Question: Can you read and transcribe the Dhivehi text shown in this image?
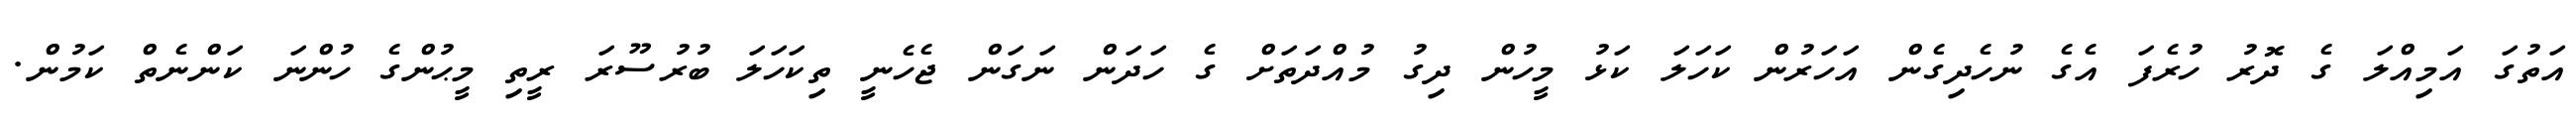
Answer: އަތުގަ އަމިއްލަ ގެ ދޮރު ހުރެފަ އެގެ ނުހެދިގެން އަހަރުން ކަހަލަ ކަޅު މީހުން ދިގު މުއްދަތަށް ގެ ހަދަން ނަގަން ޖެހެނީ ތިކަހަލަ ބުރުސޫރަ ރީތި މީޙުންގެ ހުންނަ ކަންނެތް ކަމުން.